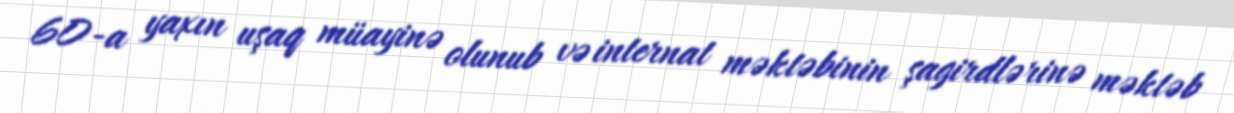
60-a yaxın uşaq müayinə olunub və internat məktəbinin şagirdlərinə məktəb